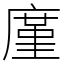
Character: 廑